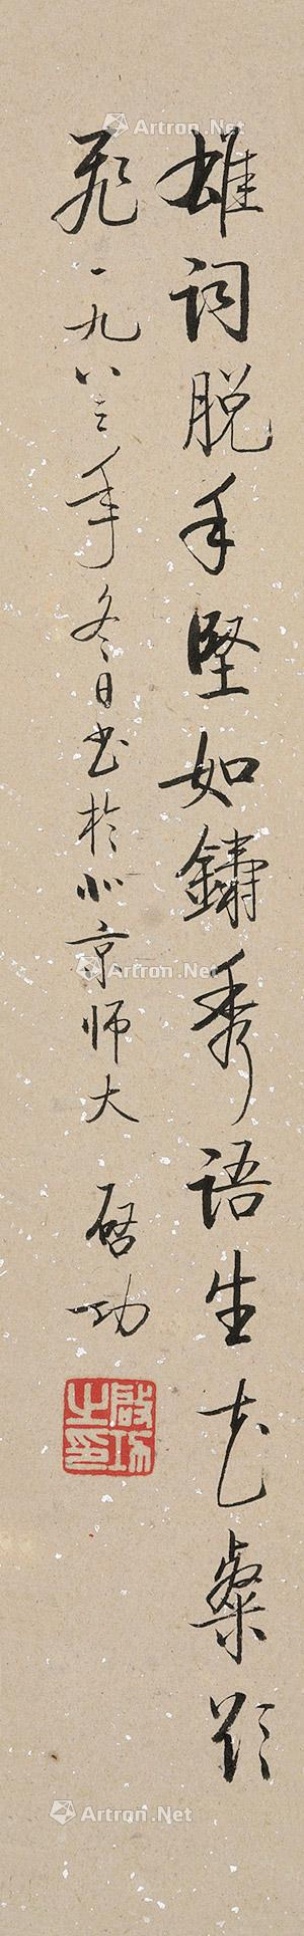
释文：雄词脱手坚如铸，秀语生花粲欲飞。一九八三年冬日书于北京师大，启功。